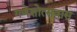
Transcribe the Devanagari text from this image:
गणेशोत्सवास